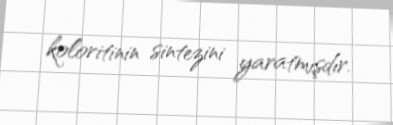
koloritinin sintezini yaratmışdır.